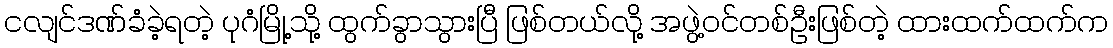
ငလျင်ဒဏ်ခံခဲ့ရတဲ့ ပုဂံမြို့သို့ ထွက်ခွာသွားပြီ ဖြစ်တယ်လို့ အဖွဲ့ဝင်တစ်ဦးဖြစ်တဲ့ ထားထက်ထက်က